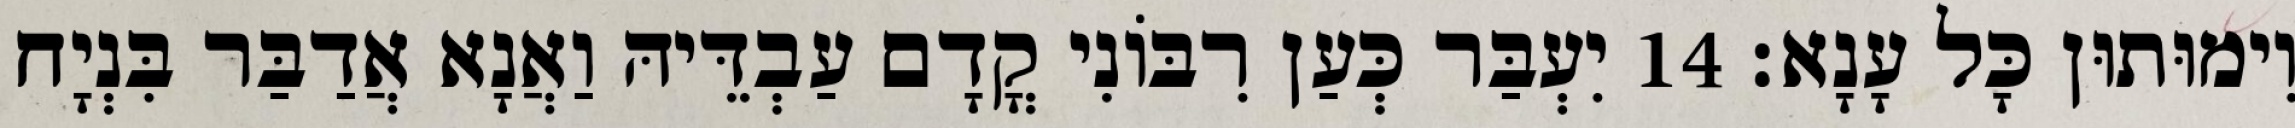
וִימוּתוּן כָּל עָנָא׃ 14 יִעְבַּר כְּעַן רִבּוֹנִי קֳדָם עַבְדֵּיהּ וַאֲנָא אֲדַבַּר בִּנְיָח